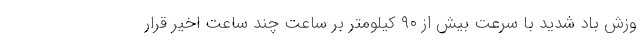
وزش باد شدید با سرعت بیش از ۹۰ کیلومتر بر ساعت چند ساعت اخیر قرار